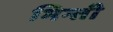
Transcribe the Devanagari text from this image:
भिन्ती